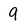
Character: 9